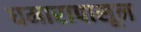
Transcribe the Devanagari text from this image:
धमारापासून